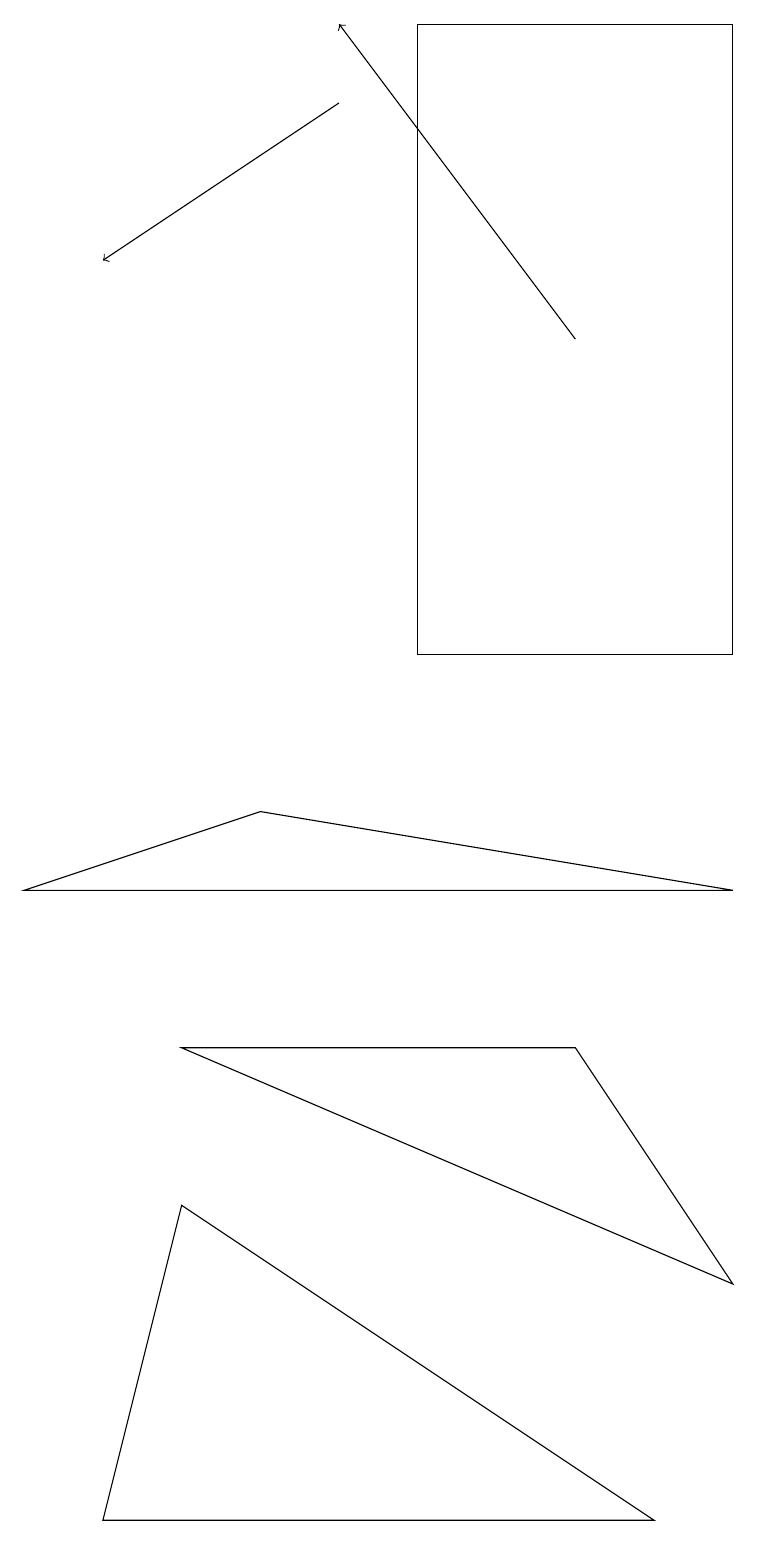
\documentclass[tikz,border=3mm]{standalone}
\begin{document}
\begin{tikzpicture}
\draw (5,19) rectangle (9,11);
\draw[->] (7,15) -- (4,19);
\draw (9,8) -- (0,8) -- (3,9) -- cycle;
\draw (8,0) -- (1,0) -- (2,4) -- cycle;
\draw[->] (4,18) -- (1,16);
\draw (9,3) -- (7,6) -- (2,6) -- cycle;
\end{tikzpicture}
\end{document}